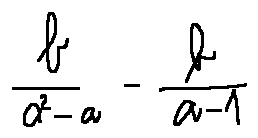
\frac { b } { a ^ { 2 } - a } - \frac { b } { a - 1 }